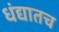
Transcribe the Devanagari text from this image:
धंद्यातच